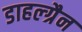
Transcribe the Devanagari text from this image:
डाहल्ग्रैन